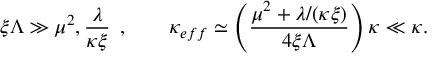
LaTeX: \xi \Lambda \gg \mu ^ { 2 } , \frac { \lambda } { \kappa \xi } \; \, , \quad \quad \kappa _ { e f f } \simeq \left( \frac { \mu ^ { 2 } + \lambda / ( \kappa \xi ) } { 4 \xi \Lambda } \right) \kappa \ll \kappa .